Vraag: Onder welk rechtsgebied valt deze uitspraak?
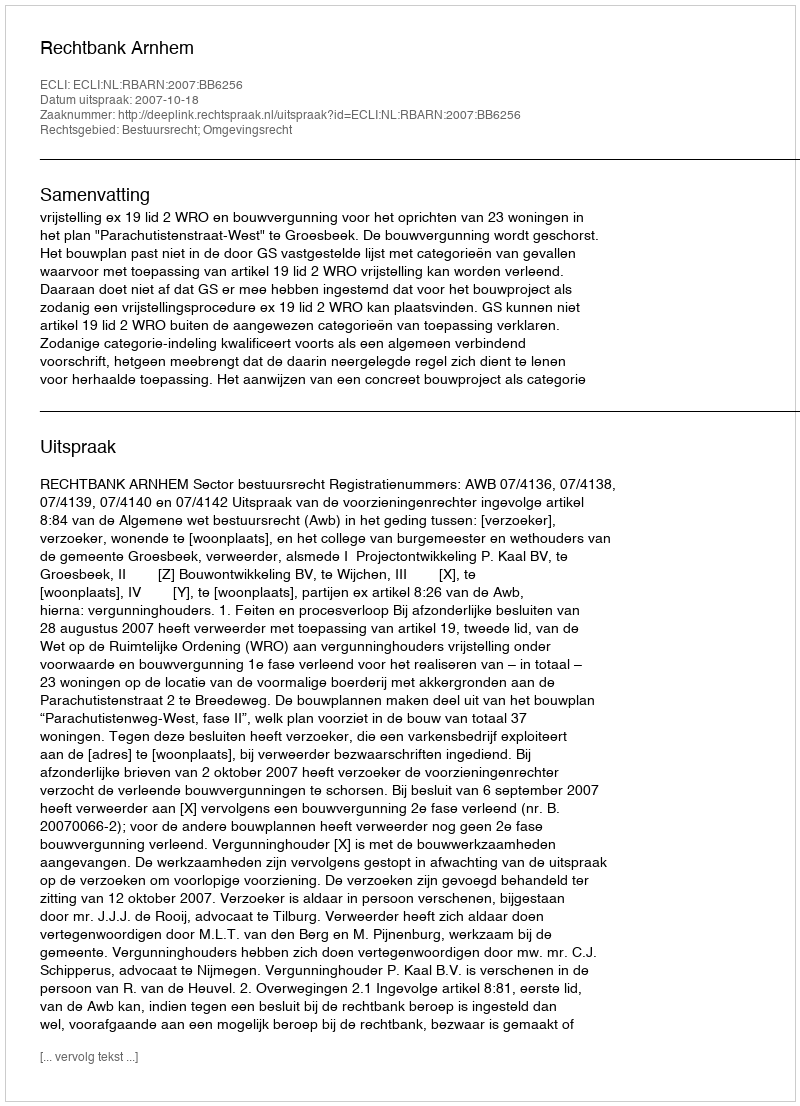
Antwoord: Bestuursrecht; Omgevingsrecht